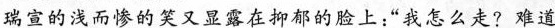
瑞宣的浅而惨的笑又显露在抑郁的脸上:“我怎么走？难道